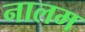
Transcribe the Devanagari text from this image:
नालम